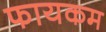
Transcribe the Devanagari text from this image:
फायकम